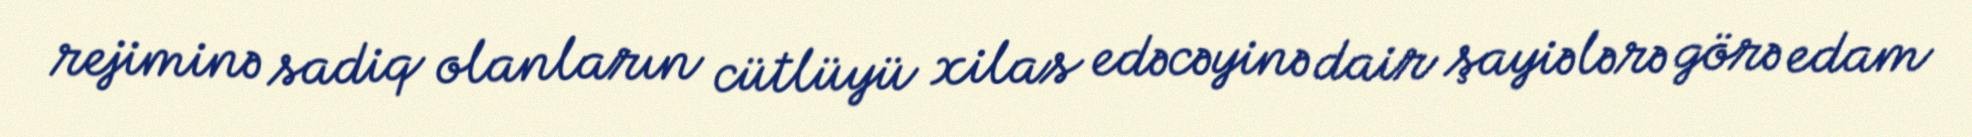
rejiminə sadiq olanların cütlüyü xilas edəcəyinə dair şayiələrə görə edam